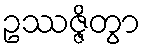
ဥဿဇ္ဇိတွာ